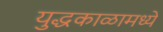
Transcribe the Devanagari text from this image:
युद्धकाळामध्ये